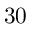
3 0